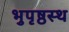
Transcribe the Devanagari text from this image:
भुपृष्ठस्थ